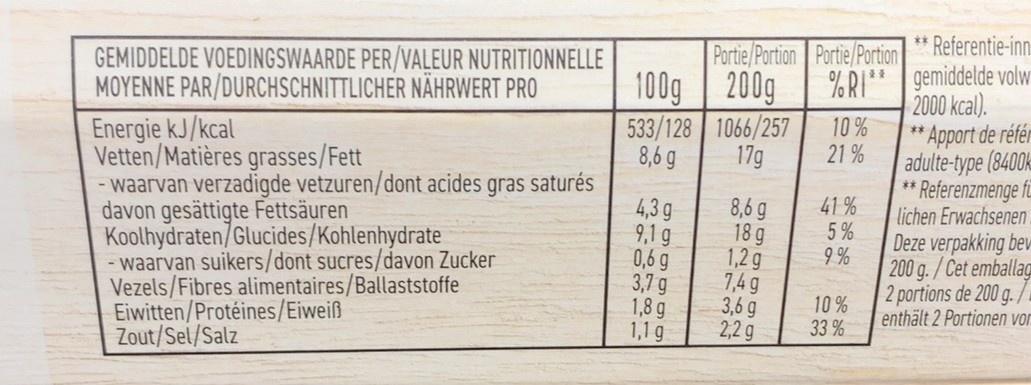
GEMIDDELDE VOEDINGSWAARDE PER/VALEUR NUTRITIONNELLE MOYENNE PAR/DURCHSCHNITTLICHER NÄHRWERT PRO
Energie kJ/kcal
Vetten/Matières grasses/Fett
- waarvan verzadigde vetzuren/dont acides gras saturés davon gesättigte Fettsäuren Koolhydraten/Glucides/Kohlenhydrate
- waarvan suikers/dont sucres/davon Zucker Vezels/Fibres alimentaires/Ballaststoffe Eiwitten/Protéines/Eiweiß Zout/Sel/Salz
100g
533/128
8,6 g
4,3g
9,1 g
0,6 g
3,7 g
1,8 g
1,1 g
Portie/Portion Portie/Portion
200g
1066/257
17g
8,6 g
18 g
1,2g
**Referentie-inn
%RI** gemiddelde volw 2000 kcal).
7,4 g
3,6 g
2,2 g
10% 21%
41%
159
LLL
5%
9%
10%
33%
Apport de référ adulte-type (8400k **Referenzmenge fü lichen Erwachsenen
Deze verpakking bev 200 g./Cet emballag
2 portions de 200 g. enthält 2 Portionen vor
**